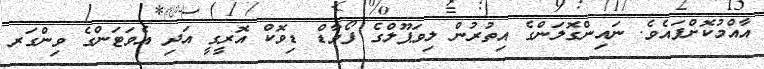
އާއްމުކޮށްފައެވެ. ނައިންގޮލަންގެ އިތުރުން ލިވަޕޫލްގެ ފޯވާޑް ޑިވޮކް އޮރީގީ އަދި އެވަޓަންގެ ވިންގަރ